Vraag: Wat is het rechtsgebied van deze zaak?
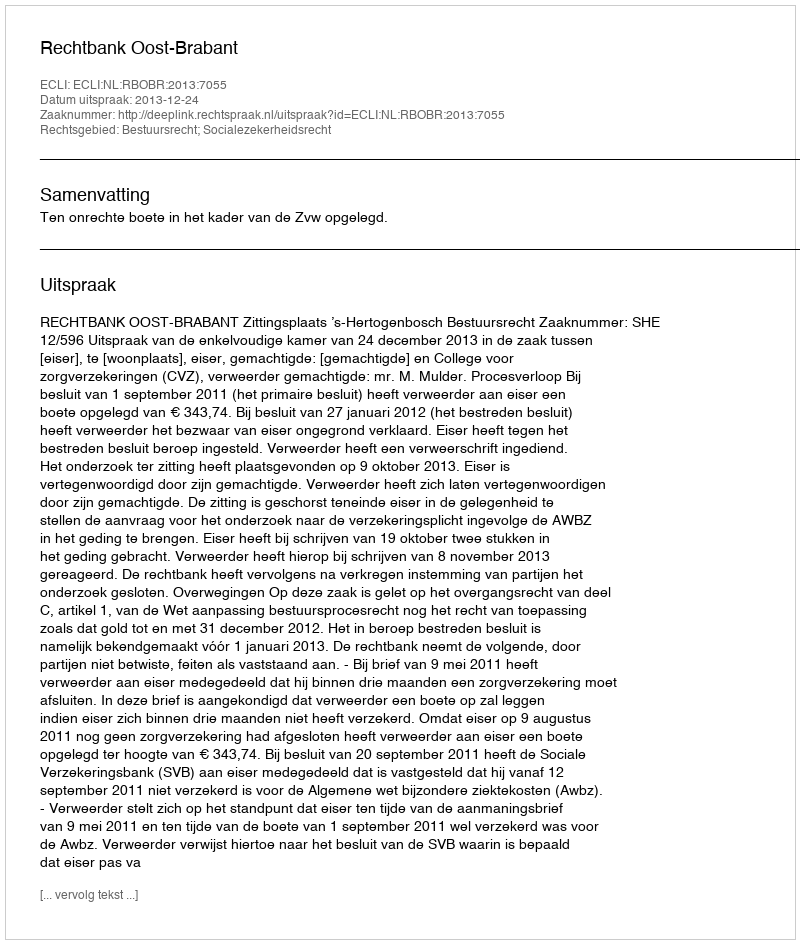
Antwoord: Bestuursrecht; Socialezekerheidsrecht